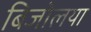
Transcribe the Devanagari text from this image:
बिजोलया